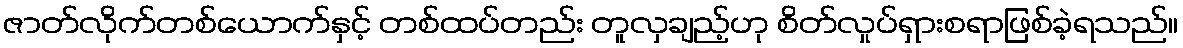
ဇာတ်လိုက်တစ်ယောက်နှင့် တစ်ထပ်တည်း တူလှချည့်ဟု စိတ်လှုပ်ရှားစရာဖြစ်ခဲ့ရသည်။